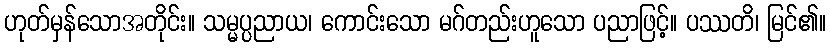
ဟုတ်မှန်သောအတိုင်း။ သမ္မပ္ပညာယ၊ ကောင်းသော မဂ်တည်းဟူသော ပညာဖြင့်။ ပဿတိ၊ မြင်၏။